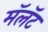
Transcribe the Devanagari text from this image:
मॅलॅट